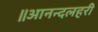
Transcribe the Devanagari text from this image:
॥आनन्दलहरी